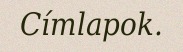
Címlapok.